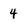
Character: 4